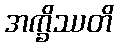
အက္ခိဿတိ